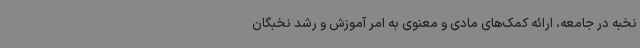
نخبه در جامعه، ارائه کمک‌های مادی و معنوی به امر آموزش و رشد نخبگان